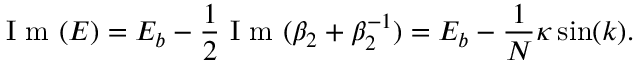
\mathrm { ~ I ~ m ~ } ( E ) = E _ { b } - \frac { 1 } { 2 } \mathrm { ~ I ~ m ~ } ( \beta _ { 2 } + \beta _ { 2 } ^ { - 1 } ) = E _ { b } - \frac { 1 } { N } \kappa \sin ( k ) .